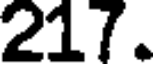
217.